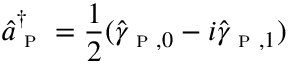
\hat { a } _ { \textsc { p } } ^ { \dagger } = \frac { 1 } { 2 } ( \hat { \gamma } _ { \textsc { p } , 0 } - i \hat { \gamma } _ { \textsc { p } , 1 } )